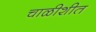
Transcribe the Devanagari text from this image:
चाळीशीत